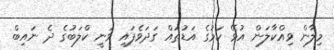
މިލާން ވިއްކާލަން އުޅޭ ކަމުގެ އަޑުތައް ގަދަވެފައި ވަނީ ކްލަބުގެ ދެ ނައިބް